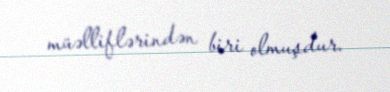
müəlliflərindən biri olmuşdur.